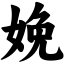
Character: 娩